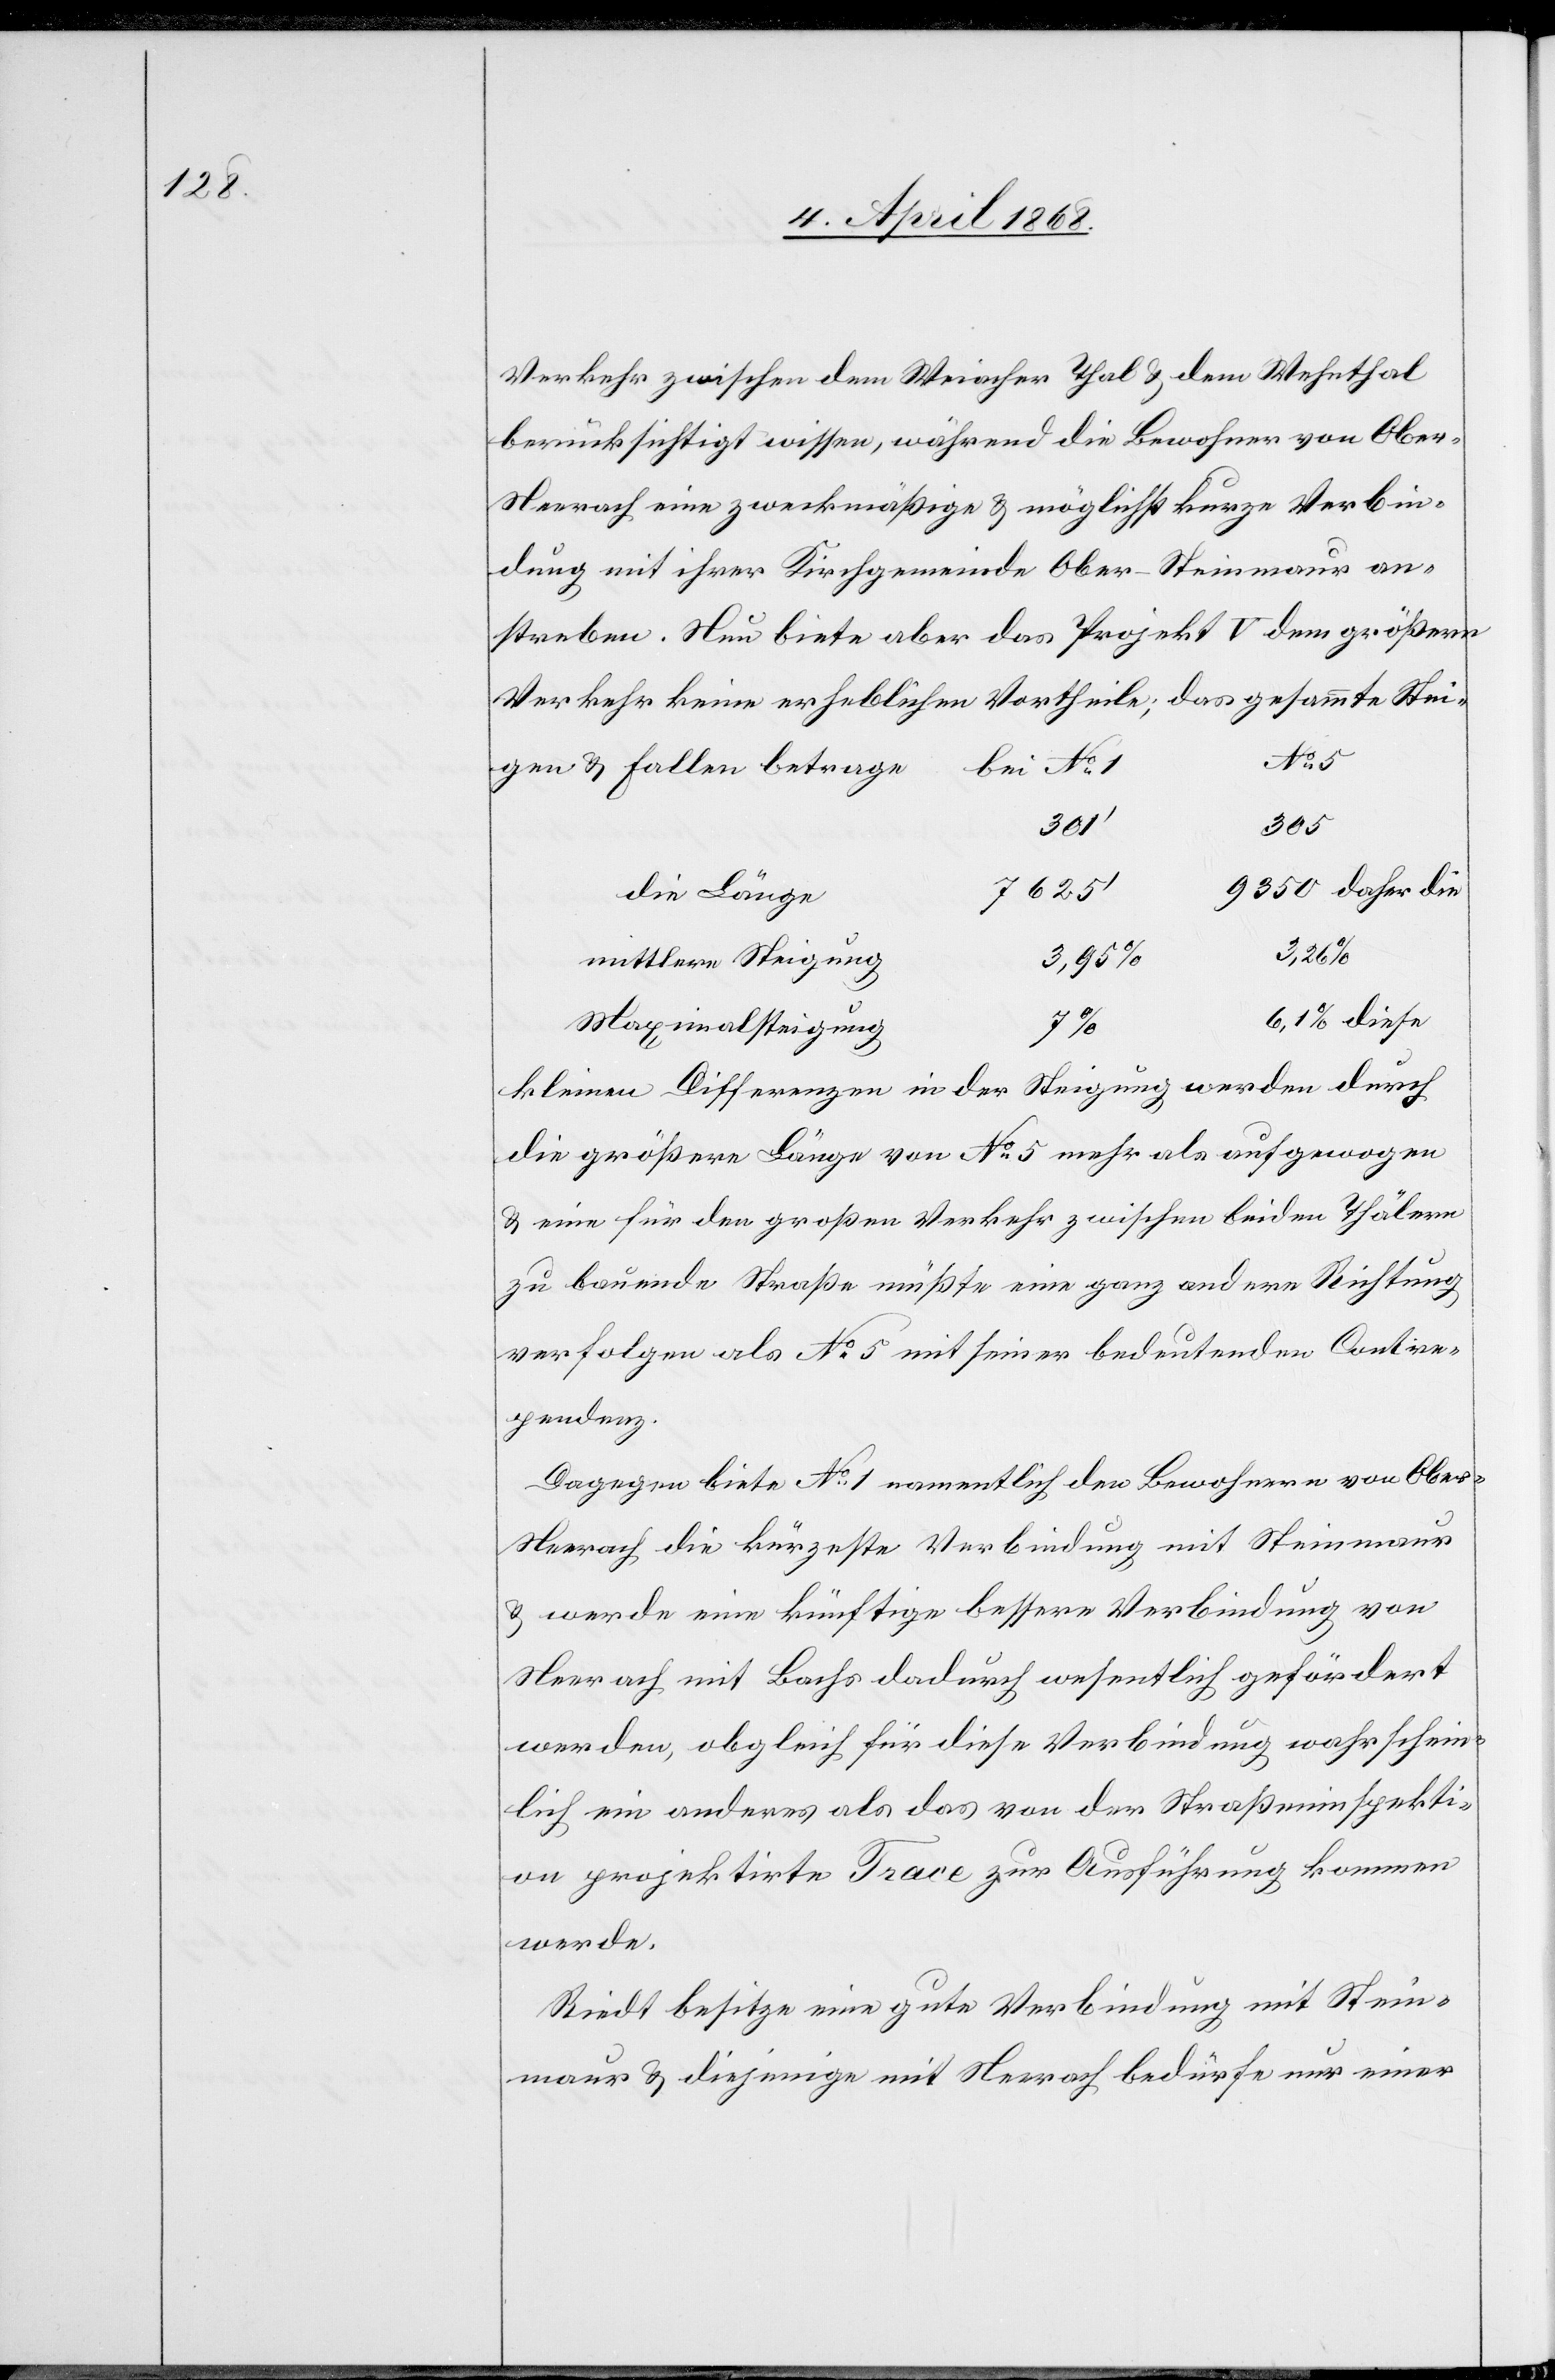
Verkehr zwischen dem Weiacher Thal & dem Wehnthal
berücksichtigt wissen, während die Bewohner von Ober-N¬
eerach eine zweckmäßige & möglichst kurze Verbin¬
dung mit ihrer Kirchgemeinde Ober-Steinmaur an¬
streben. Nun biete aber das Projekt V dem größern
bei No. 5
gen & Fallen betrage
301‘
305
7625‘
9350 daher die
die Länge
3,26%
mittlere Steigung
6,1% diese
Maximalsteigung
Stei¬
kleinen Differenzen in der Steigung werden durch
die größere Länge von No. 5 mehr als aufgewogen
& eine für den großen Verkehr zwischen beiden Thälern
zu bauende Straße müßte eine ganz andere Richtung
verfolgen als No. 5 mit seiner bedeutenden Contre¬
pendenz.
Dagegen biete No. 1 namentlich den Bewohnern von Obe¬
r-Neerach die kürzeste Verbindung mit Steinmaur
& werde eine künftige bessere Verbindung von
Neerach mit Bachs dadurch wesentlich gefördert
werden, obgleich für diese Verbindung wahrschein¬
lich ein anderes als das von der Straßeninspekti¬
on projektirte Trace zur Ausführung kommen
werde.
Riedt besitze eine gute Verbindung mit Stein¬
maur & diejenige mit Neerach bedürfe nur einer